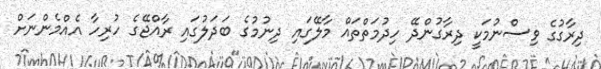
ދިރާގުގެ ވިސްނުމަކީ ދިރާގުންދޭ ހިދުމަތްތައް މާލޭގައި ދިނުމުގެ ބަދަލުގައި ރާއްޖޭގެ ހުރިހާ އެއްމެންނަށް